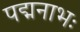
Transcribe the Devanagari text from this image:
पद्मनाभः